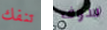
تنفك سوف